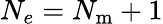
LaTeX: N_{e}=N_{\mathrm{m}}+1